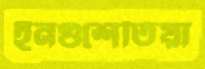
ইনগুশেতিয়া